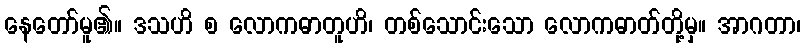
နေတော်မူ၏။ ဒသဟိ စ လောကဓာတူဟိ၊ တစ်သောင်းသော လောကဓာတ်တို့မှ။ အာဂတာ၊